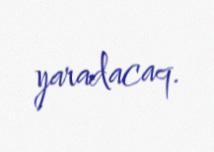
yaradacaq.